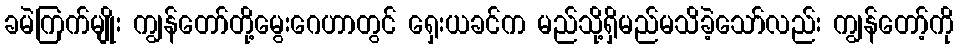
ခမဲကြက်မျိုး ကျွန်တော်တို့မွေးဂေဟာတွင် ရှေးယခင်က မည်သို့ရှိမည်မသိခဲ့သော်လည်း ကျွန်တော့်ကို